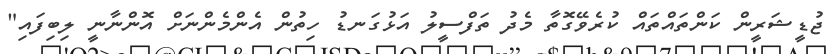
ޖުޑީޝަރީން ކަންތައްތައް ކުރެވޭގޮތާ މެދު ތަފްސީލު އަޅުގަނޑު ހިތުން އެންމެންނަށް އޮންނާނީ ލިބިފައި"